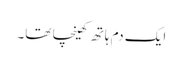
ایک دم ہاتھ کھینچا تھا۔